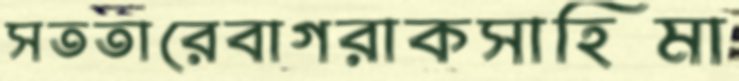
সততারেবাগরাকসাহিমা